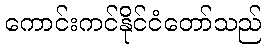
ကောင်းကင်နိုင်ငံတော်သည်